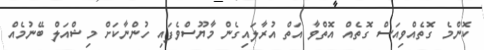
ކޮންމެ ގޮތެއްވިއަސް ގޮތެއް އޮތްވާ އަތް އުރާލައިގެން މާޔޫސްވެފައި ހުންނާކަށް މިޝްއަލް ބޭނުމެއް